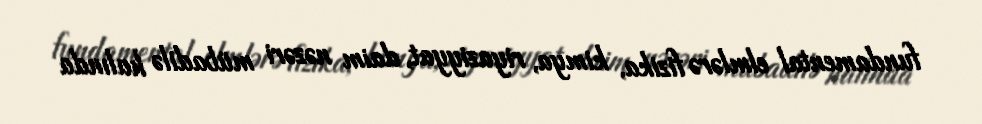
fundamental elmlərə fizika, kimya, riyaziyyat, daim nəzəri mübadilə halında